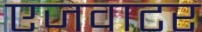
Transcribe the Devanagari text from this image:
एजवाटर